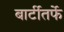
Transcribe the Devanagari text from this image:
बार्टीतर्फे